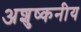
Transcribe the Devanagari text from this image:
अशुष्कनीय